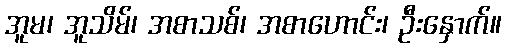
အူမ၊ အူသိမ်၊ အစာသစ်၊ အစာဟောင်း၊ ဦးနှောက်။